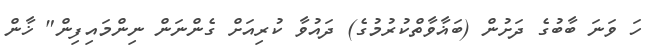
ހަ ވަނަ ބާބުގެ ދަށުން (ބަޣާވާތްކުރުމުގެ) ދައުވާ ކުރިއަށް ގެންނަން ނިންމައިފިން" ޚާން